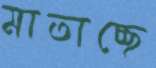
মাতাচ্ছে